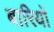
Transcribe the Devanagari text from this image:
बारियों